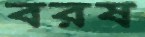
বরষ